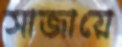
সাজায়ে